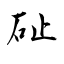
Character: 砋